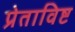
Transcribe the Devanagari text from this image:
प्रेताविष्ट